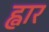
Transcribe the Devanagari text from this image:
ह्वार